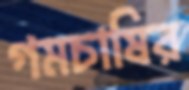
গমচাষির